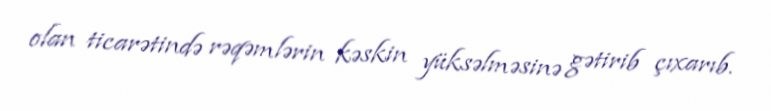
olan ticarətində rəqəmlərin kəskin yüksəlməsinə gətirib çıxarıb.